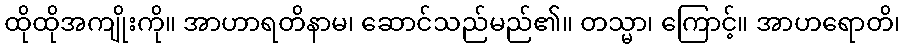
ထိုထိုအကျိုးကို။ အာဟာရတိနာမ၊ ဆောင်သည်မည်၏။ တသ္မာ၊ ကြောင့်။ အာဟရောတိ၊